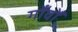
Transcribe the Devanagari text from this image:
गाँवोँ